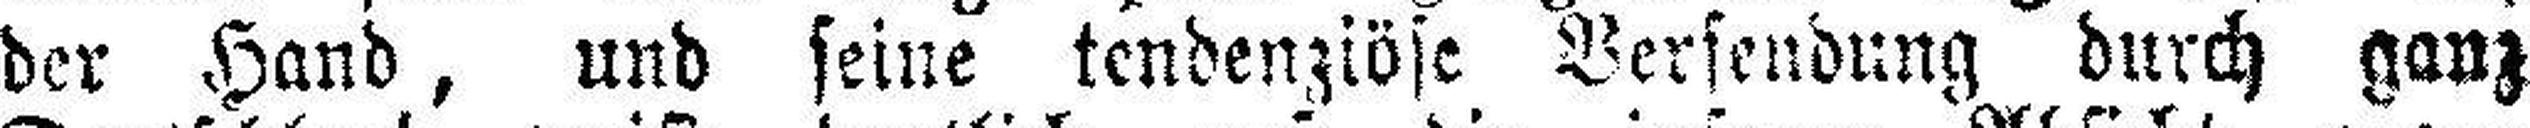
der Hand, und seine tendenziöse Versendung durch ganz